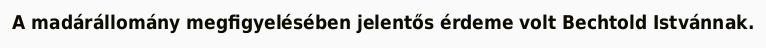
A madárállomány megfigyelésében jelentős érdeme volt Bechtold Istvánnak.